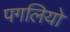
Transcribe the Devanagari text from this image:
पगलियो